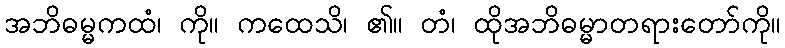
အဘိဓမ္မကထံ၊ ကို။ ကထေသိ၊ ၏။ တံ၊ ထိုအဘိဓမ္မာတရားတော်ကို။